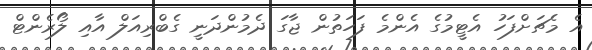
އެ މެޗަށްފަހު އެޓީމުގެ އެންމެ ފަހަތުން ޖާގަ ދެމުންދަނީ ގެބްރިއަލް އާއި ލޯރެންޓް